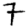
Digit: 7